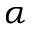
\alpha